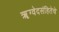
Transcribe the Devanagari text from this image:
ॠग्वेदसंहितेचे